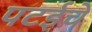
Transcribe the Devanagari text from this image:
पटईचे